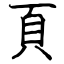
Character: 頁